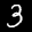
Label: 3